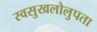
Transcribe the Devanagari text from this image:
स्वसुखलोलुपता